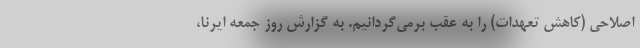
اصلاحی (کاهش تعهدات) را به عقب برمی‌گردانیم. به گزارش روز جمعه ایرنا،